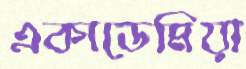
একাডেমিয়া